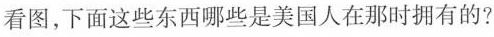
看图，下面那些东西是美国人在那时就拥有的